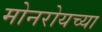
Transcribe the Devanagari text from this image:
मोनरोयच्या